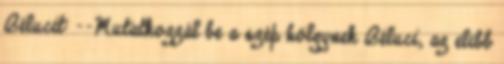
Bélucit: --Mutatkozzál be a szép hölgynek Béluci, az elıbb